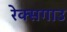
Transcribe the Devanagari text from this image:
रेक्सगाउ